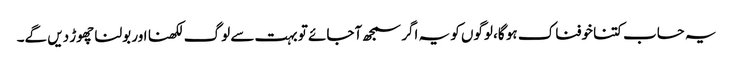
یہ حساب کتنا خوفناک ہو گا، لوگوں کو یہ اگر سمجھ آجائے تو بہت سے لوگ لکھنا اور بولنا چھوڑ دیں گے۔